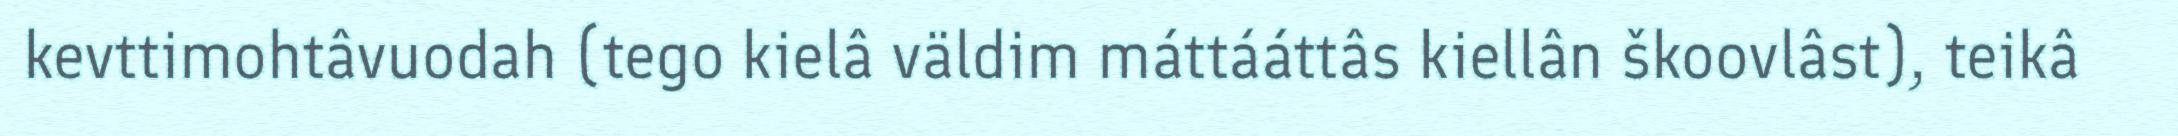
kevttimohtâvuodah (tego kielâ väldim máttááttâs kiellân škoovlâst), teikâ